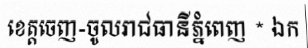
ខេត្តចេញ-ចូលរាជធានីភ្នំពេញ * ឯក